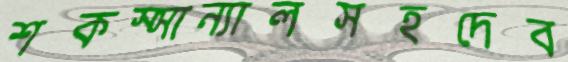
শকস্সান্যালসহদেব